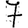
Digit: 7